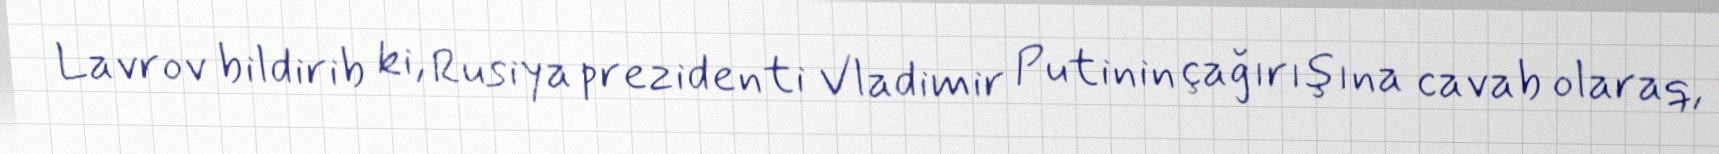
Lavrov bildirib ki, Rusiya prezidenti Vladimir Putinin çağırışına cavab olaraq,